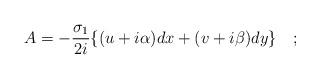
LaTeX: \begin{align*}A=-\frac{\sigma_{1}}{2i}\{(u+i\alpha)dx+(v+i\beta)dy\}\quad;\end{align*}